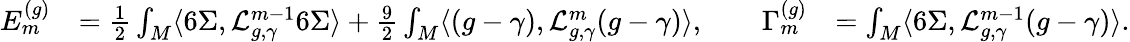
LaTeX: \begin{array}{rlr}{E_{m}^{(g)}}&{=\frac{1}{2}\int_{M}\langle 6\Sigma,\mathcal{L}_{g,\gamma}^{m-1}6\Sigma\rangle+\frac{9}{2}\int_{M}\langle(g-\gamma),\mathcal{L}_{g,\gamma}^{m}(g-\gamma)\rangle,\qquad\Gamma_{m}^{(g)}}&{=\int_{M}\langle 6\Sigma,\mathcal{L}_{g,\gamma}^{m-1}(g-\gamma)\rangle.}\end{array}